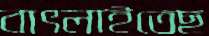
বাৎলাইতেছ